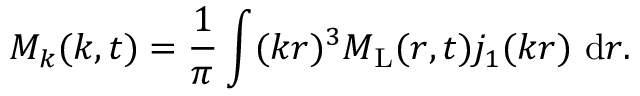
M _ { k } ( k , t ) = \frac { 1 } { \pi } \int ( k r ) ^ { 3 } M _ { \mathrm { L } } ( r , t ) j _ { 1 } ( k r ) ~ \mathrm { d } r .